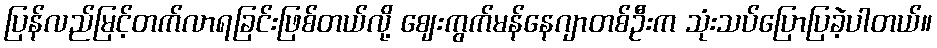
ပြန်လည်မြင့်တက်လာရခြင်းဖြစ်တယ်လို့ ဈေးကွက်မန်နေဂျာတစ်ဦးက သုံးသပ်ပြောပြခဲ့ပါတယ်။